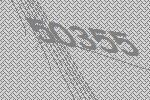
50355